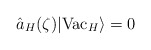
\begin{align*}\hat a_H(\zeta)\vert {\rm Vac }_H\rangle =0\end{align*}